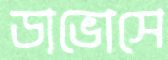
ডাভোসে